Madras plague regulations and rules - Volume 2
Disease focus: Plague
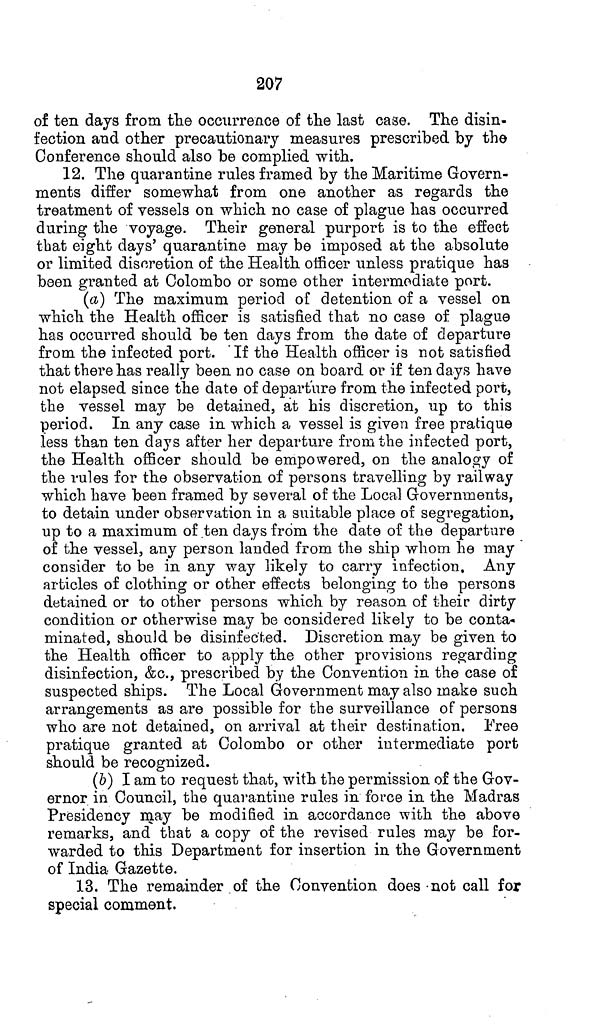
207
of ten days from the occurrence of the last case. The disin-
fection and other precautionary measures prescribed by the
Conference should also be complied with.
12. The quarantine rules framed by the Maritime Govern-
ments differ somewhat from one another as regards the
treatment of vessels on which no case of plague has occurred
during the voyage. Their general purport is to the effect
that eight days' quarantine may be imposed at the absolute
or limited discretion of the Health officer unless pratique has
been granted at Colombo or some other intermediate port.
(a) The maximum period of detention of a vessel on
which the Health officer is satisfied that no case of plague
has occurred should be ten days from the date of departure
from the infected port. If the Health officer is not satisfied
that there has really been no case on board or if ten days have
not elapsed since the date of departure from the infected port,
the vessel may be detained, at his discretion, up to this
period. In any case in which a vessel is given free pratique
less than ten days after her departure from the infected port,
the Health officer should be empowered, on the analogy of
the rules for the observation of persons travelling by railway
which have been framed by several of the Local Governments,
to detain under observation in a suitable place of segregation,
up to a maximum of ten days from the date of the departure
of the vessel, any person landed from the ship whom he may
consider to be in any way likely to carry infection. Any
articles of clothing or other effects belonging to the persons
detained or to other persons which by reason of their dirty
condition or otherwise may be considered likely to be conta-
minated, should be disinfected. Discretion may be given to
the Health officer to apply the other provisions regarding
disinfection, &c., prescribed by the Convention in the case of
suspected ships. The Local Government may also make such
arrangements as are possible for the surveillance of persons
who are not detained, on arrival at their destination. Free
pratique granted at Colombo or other intermediate port
should be recognized.
(6) I am to request that, with the permission of the Gov-
ernor in Council, the quarantine rules in force in the Madras
Presidency may be modified in accordance with the above
remarks, and that a copy of the revised rules may be for-
warded to this Department for insertion in the Government
of India Gazette.
13. The remainder of the Convention does not call for
special comment.